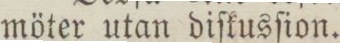
möter utan diſkusſion.